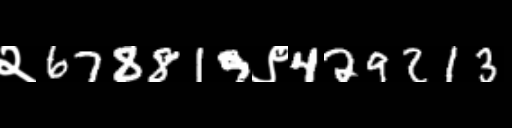
Text: २678819९429213